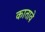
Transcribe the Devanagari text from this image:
कातावे